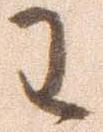
わ